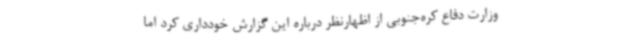
وزارت دفاع کره‌جنوبی از اظهارنظر درباره این گزارش خودداری کرد اما